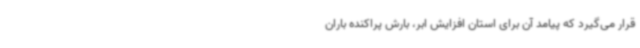
قرار می‌گیرد که پیامد آن برای استان افزایش ابر، بارش پراکنده باران